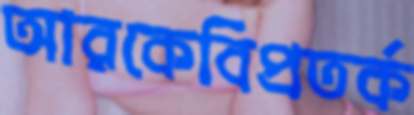
আরকেবিপ্রতর্ক